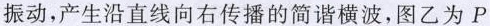
振动，产生沿直线向右传播的简谐横波，图乙为P